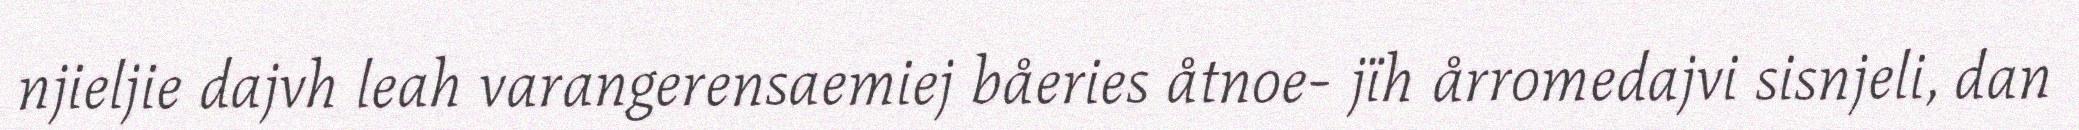
njieljie dajvh leah varangerensaemiej båeries åtnoe- jïh årromedajvi sisnjeli, dan